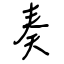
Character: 奏